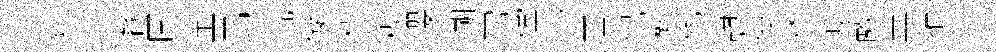
犹怛餐圍童昂究儗楨糗嚶溯刃儻汐匡侃髮允憇伎秌坂敵盖搉